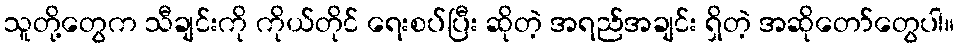
သူတို့တွေက သီချင်းကို ကိုယ်တိုင် ရေးစပ်ပြီး ဆိုတဲ့ အရည်အချင်း ရှိတဲ့ အဆိုတော်တွေပါ။